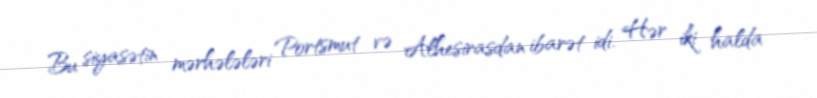
Bu siyasətin mərhələləri Portsmut və Alhesirasdan ibarət idi. Hər iki halda